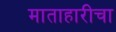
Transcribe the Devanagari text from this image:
माताहारीचा